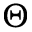
\Theta